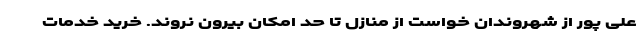
علی پور از شهروندان خواست از منازل تا حد امکان بیرون نروند. خرید خدمات